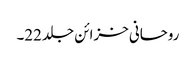
روحانی خزائن جلد 22۔